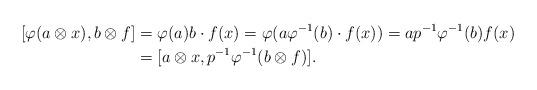
LaTeX: \begin{align*}[\varphi(a\otimes x),b\otimes f] &= \varphi(a)b \cdot f(x) = \varphi( a\varphi^{-1}(b) \cdot f(x)) = ap^{-1}\varphi^{-1}(b)f(x)\\&= [a\otimes x, p^{-1}\varphi^{-1}(b \otimes f)]. \end{align*}